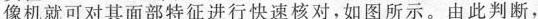
像机就可对其面部特征进行快速核对，如图所示。由此判断，